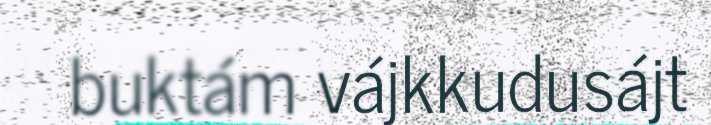
buktám vájkkudusájt